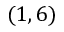
( 1 , 6 )